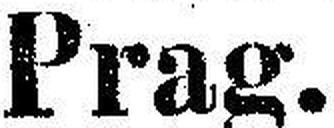
Prag.